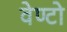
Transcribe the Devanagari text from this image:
वेण्टो